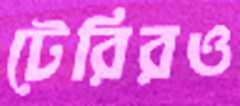
টেরিরও